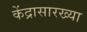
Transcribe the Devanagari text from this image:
केंद्रासारख्या